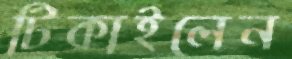
টিকাইলেন